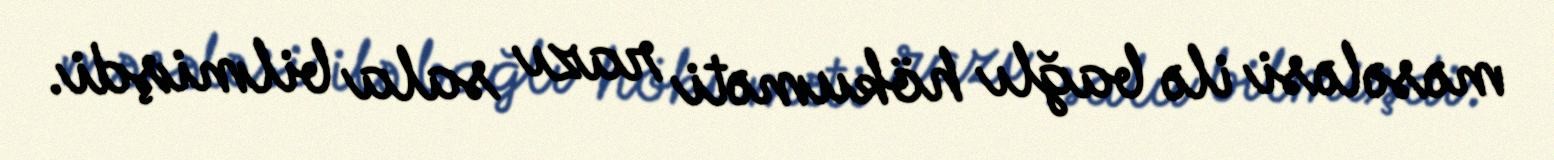
məsələsi ilə bağlı hökuməti razı sala bilmişdi.